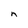
Character: n